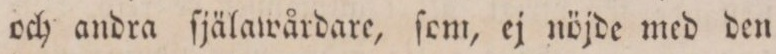
och andra ſjälawårdare, ſom, ej nöjde med den